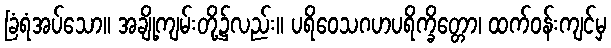
ခြံရံအပ်သော။ အချို့ကျမ်းတို့၌လည်း။ ပရိဝေသဂဟပရိက္ခိတ္တော၊ ထက်ဝန်းကျင်မှ